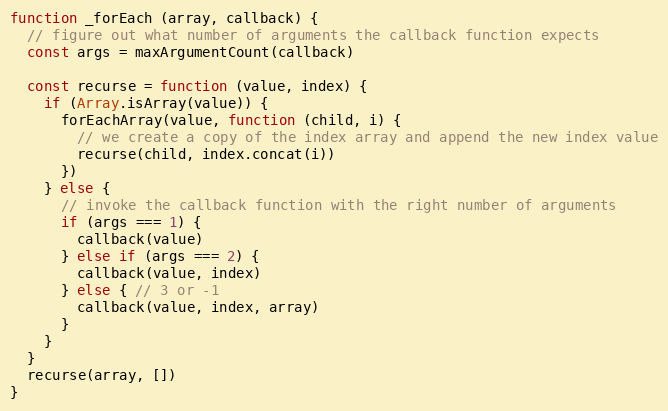
Language: JavaScript
function _forEach (array, callback) {
  // figure out what number of arguments the callback function expects
  const args = maxArgumentCount(callback)

  const recurse = function (value, index) {
    if (Array.isArray(value)) {
      forEachArray(value, function (child, i) {
        // we create a copy of the index array and append the new index value
        recurse(child, index.concat(i))
      })
    } else {
      // invoke the callback function with the right number of arguments
      if (args === 1) {
        callback(value)
      } else if (args === 2) {
        callback(value, index)
      } else { // 3 or -1
        callback(value, index, array)
      }
    }
  }
  recurse(array, [])
}